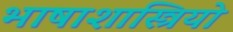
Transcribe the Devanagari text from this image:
भाषाशास्त्रियो